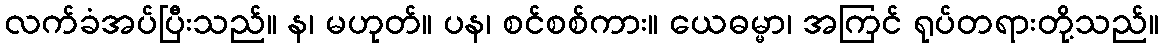
လက်ခံအပ်ပြီးသည်။ န၊ မဟုတ်။ ပန၊ စင်စစ်ကား။ ယေဓမ္မာ၊ အကြင် ရုပ်တရားတို့သည်။